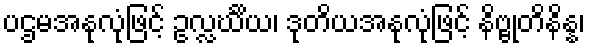
ပဌမအနုလုံဖြင့် ဥလ္လင်္ဃိယ၊ ဒုတိယအနုလုံဖြင့် နိဗ္ဗုတိနိန္န၊